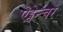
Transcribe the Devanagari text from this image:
ऐड्वेन्चर